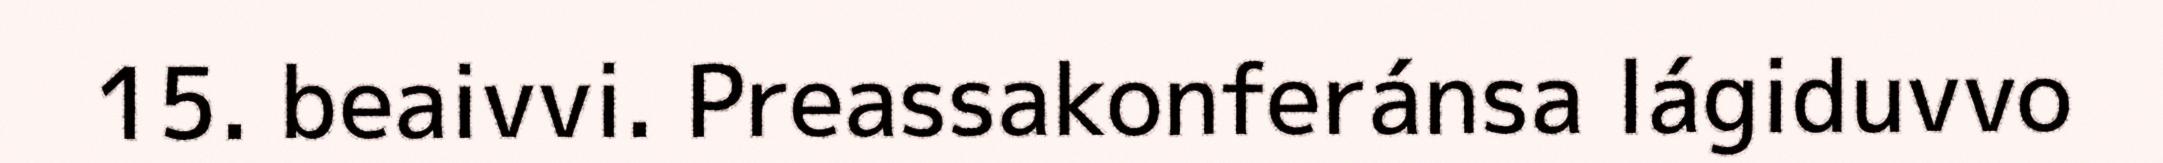
15. beaivvi. Preassakonferánsa lágiduvvo